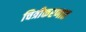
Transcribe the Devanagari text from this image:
चित्रीकरणात